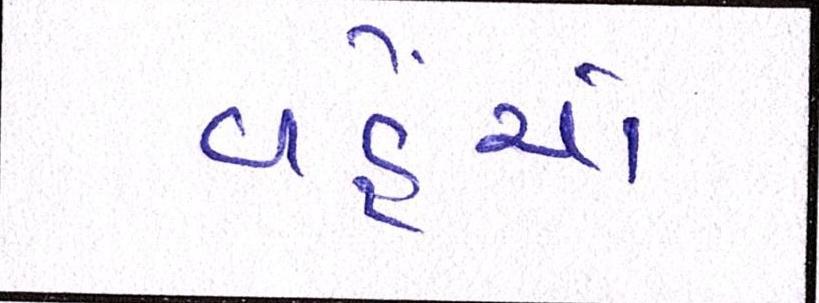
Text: વહેંચો